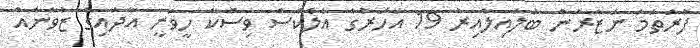
ފުރަތަމަ ނަޒަރުން ބަލައިލާއިރު 19 އަހަރުގެ އެލެކްސް ވިސްކާ ހީވަނީ އާދައިގެ ޒުވާނެއް